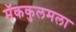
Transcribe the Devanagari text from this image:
मॅककुलमला